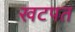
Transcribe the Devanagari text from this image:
खटपत